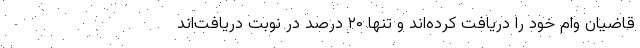
قاضیان وام خود را دریافت کرده‌اند و تنها ۲۰ درصد در نوبت دریافت‌اند